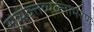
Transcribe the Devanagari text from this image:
सुव्यक्तव्यक्ताभरणः